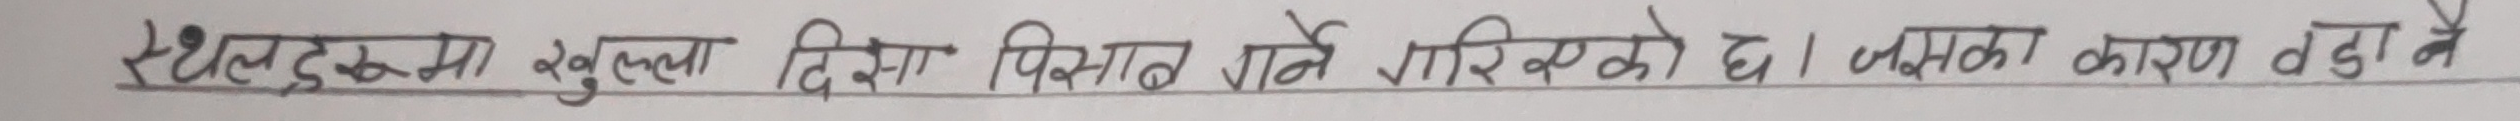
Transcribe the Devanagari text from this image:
स्थल खुल्ला दिशा पिसाब गर्ने गरिएको छ। यसका कारण तड नै